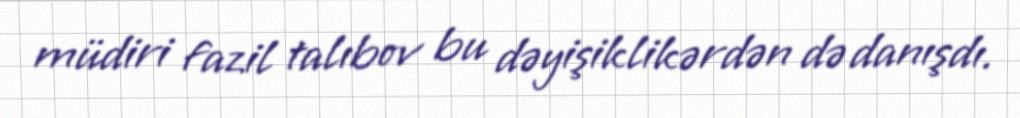
müdiri fazil talıbov bu dəyişiklikərdən də danışdı.